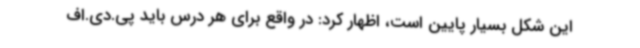
این شکل بسیار پایین است، اظهار کرد: در واقع برای هر درس باید پی.دی.اف